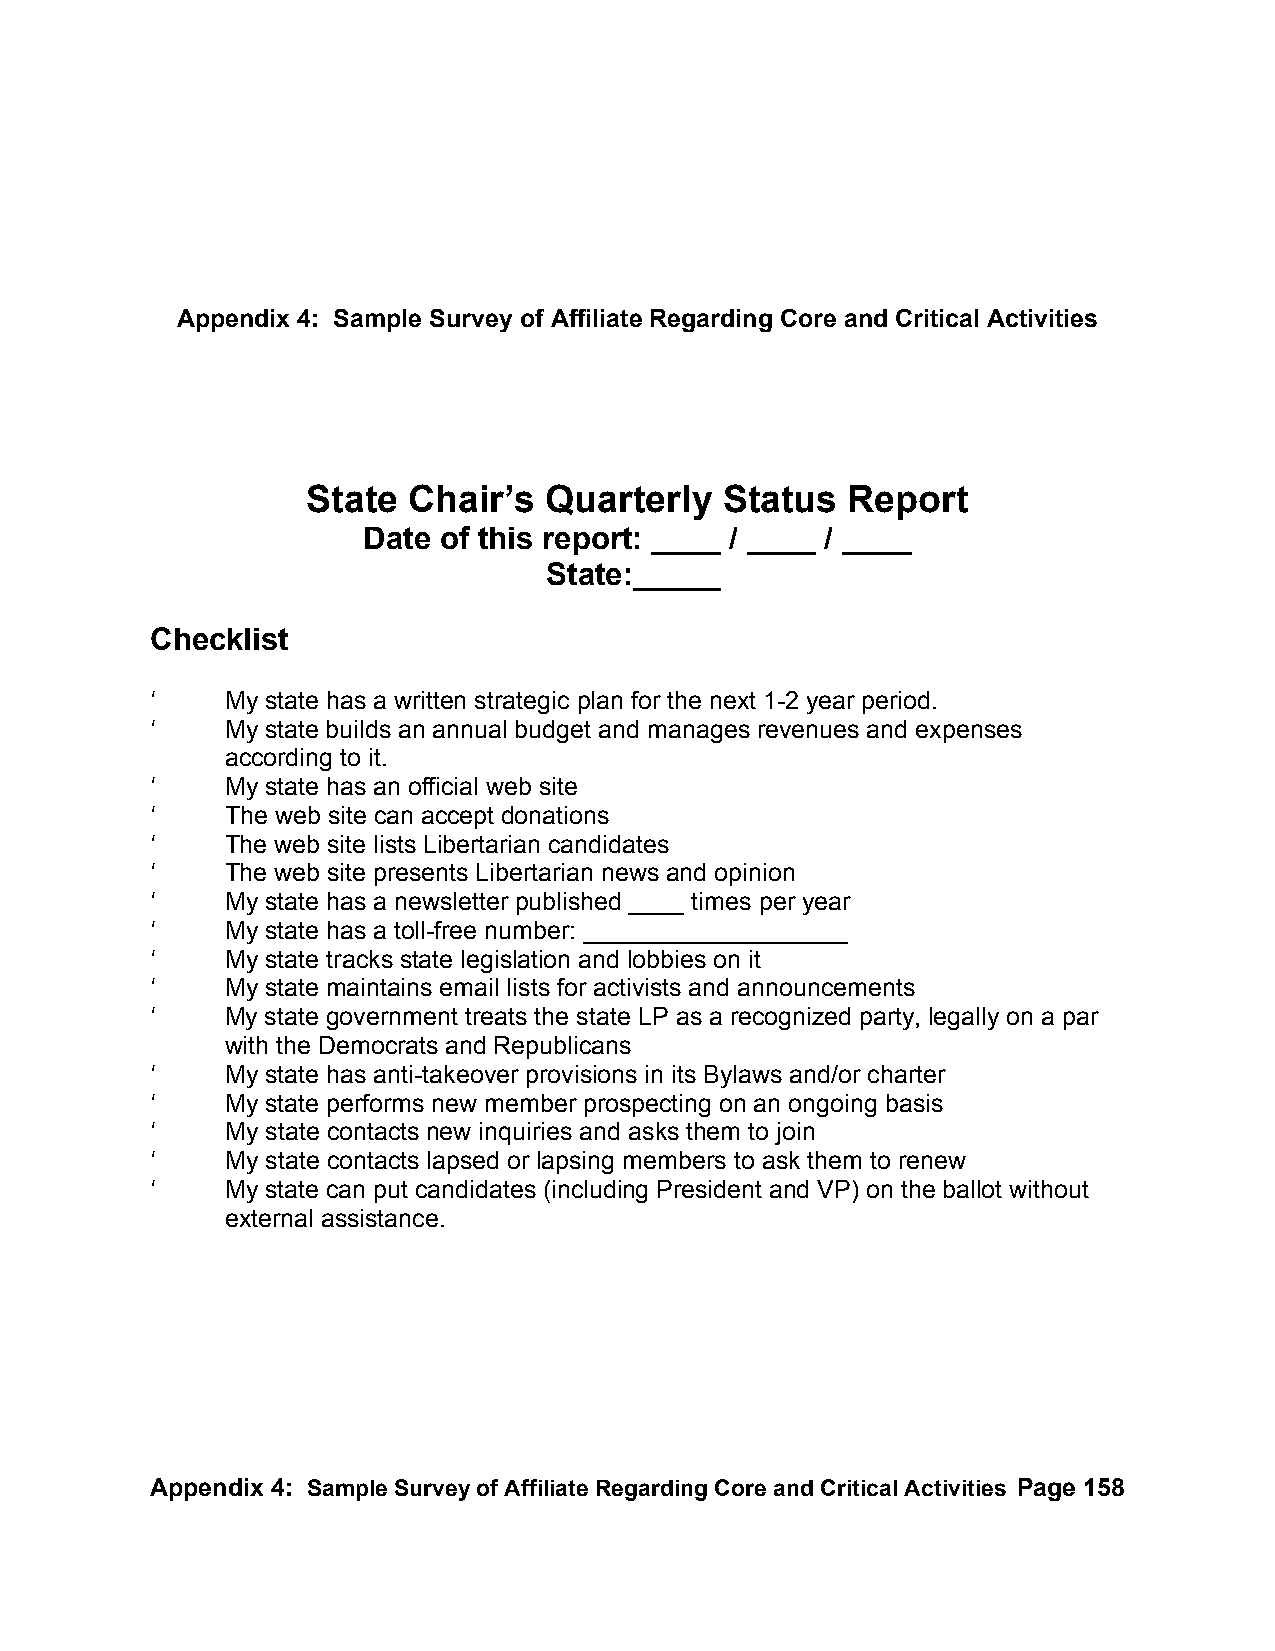
Appendix 4: Sample Survey of Affiliate Regarding Core and Critical Activities
 State  Chair’s  Quarterly   Status  Report
 Date of this report: ____ / ____ / ____
 State:_____
 Checklist
 ‘    My state has a written strategic plan for the next 1-2 year period.
 ‘    My state builds an annual budget and manages revenues and expenses
 according to it.
 ‘    My state has an official web site
 ‘    The web site can accept donations
 ‘    The web site lists Libertarian candidates
 ‘    The web site presents Libertarian news and opinion
 ‘    My state has a newsletter published ____ times per year
 ‘    My state has a toll-free number: ___________________
 ‘    My state tracks state legislation and lobbies on it
 ‘    My state maintains email lists for activists and announcements
 ‘    My state government treats the state LP as a recognized party, legally on a par
 with the Democrats and Republicans
 ‘    My state has anti-takeover provisions in its Bylaws and/or charter
 ‘    My state performs new member prospecting on an ongoing basis
 ‘    My state contacts new inquiries and asks them to join
 ‘    My state contacts lapsed or lapsing members to ask them to renew
 ‘    My state can put candidates (including President and VP) on the ballot without
 external assistance.
 Appendix 4: Sample Survey of Affiliate Regarding Core and Critical Activities Page 158